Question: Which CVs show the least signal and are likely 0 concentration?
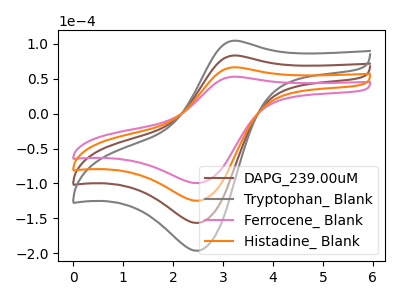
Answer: <think>The brown curve "DAPG_239.00uM" has an anodic peak at (3.20V, 132.80uA) and a cathodic peak at (2.50V, -249.65uA). The gray curve "Tryptophan_ Blank" has an anodic peak at (3.20V, 199.20uA) and a cathodic peak at (2.50V, -374.45uA). The pink curve "Ferrocene_ Blank" has an anodic peak at (3.20V, 52.90uA) and a cathodic peak at (2.50V, -99.50uA). The orange curve "Histadine_ Blank" has an anodic peak at (3.20V, 66.40uA) and a cathodic peak at (2.50V, -124.80uA).</think>
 <answer>There are not any CV's on this graph that are likely to be blanks.</answer>
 <eval>none</eval>